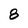
Character: 8